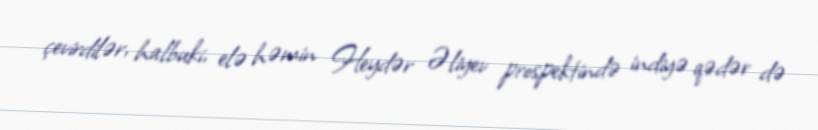
çevirdilər, halbuki, elə həmin Heydər Əliyev prospektində indiyə qədər də